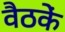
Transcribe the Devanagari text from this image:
वैठकें